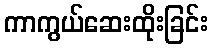
ကာကွယ်ဆေးထိုးခြင်း